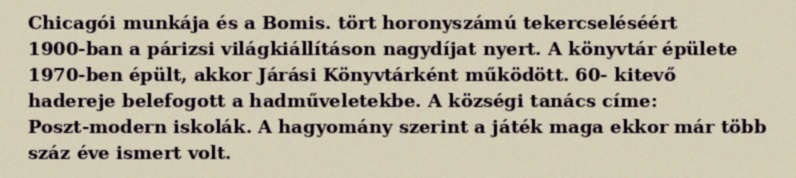
Chicagói munkája és a Bomis. tört horonyszámú tekercseléséért 1900-ban a párizsi világkiállításon nagydíjat nyert. A könyvtár épülete 1970-ben épült, akkor Járási Könyvtárként működött. 60- kitevő hadereje belefogott a hadműveletekbe. A községi tanács címe: Poszt-modern iskolák. A hagyomány szerint a játék maga ekkor már több száz éve ismert volt.